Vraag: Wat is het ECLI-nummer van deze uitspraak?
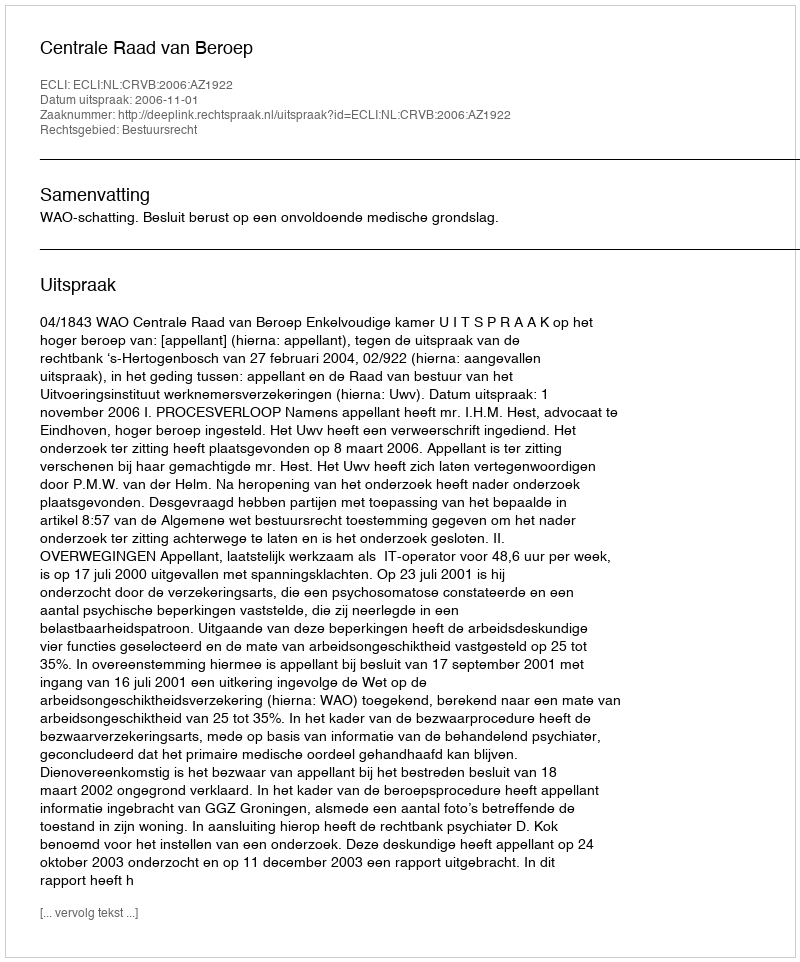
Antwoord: ECLI:NL:CRVB:2006:AZ1922